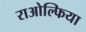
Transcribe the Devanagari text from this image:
राओल्फिया